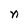
Character: n